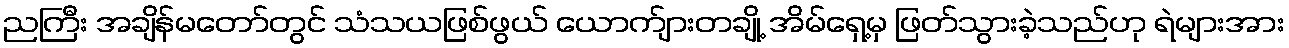
ညကြီး အချိန်မတော်တွင် သံသယဖြစ်ဖွယ် ယောက်ျားတချို့ အိမ်ရှေ့မှ ဖြတ်သွားခဲ့သည်ဟု ရဲများအား